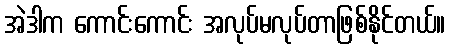
အဲဒါက ကောင်းကောင်း အလုပ်မလုပ်တာဖြစ်နိုင်တယ်။